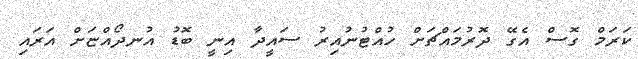
ކަރަމް ގޮސް އެގޭ ދޮރުމައްޗަށް ހުއްޓުނުއިރު ސައީދާ އިނީ ބޮޑު އުނދޯއްޏަށް އަރައި